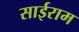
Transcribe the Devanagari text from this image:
साईराम